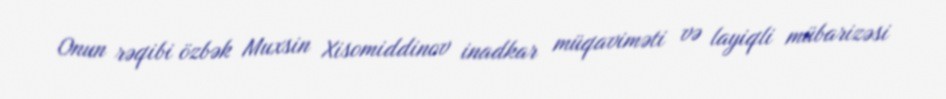
Onun rəqibi özbək Muxsin Xisomiddinov inadkar müqaviməti və layiqli mübarizəsi